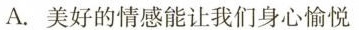
A.美好的情感能让我们身心愉悦